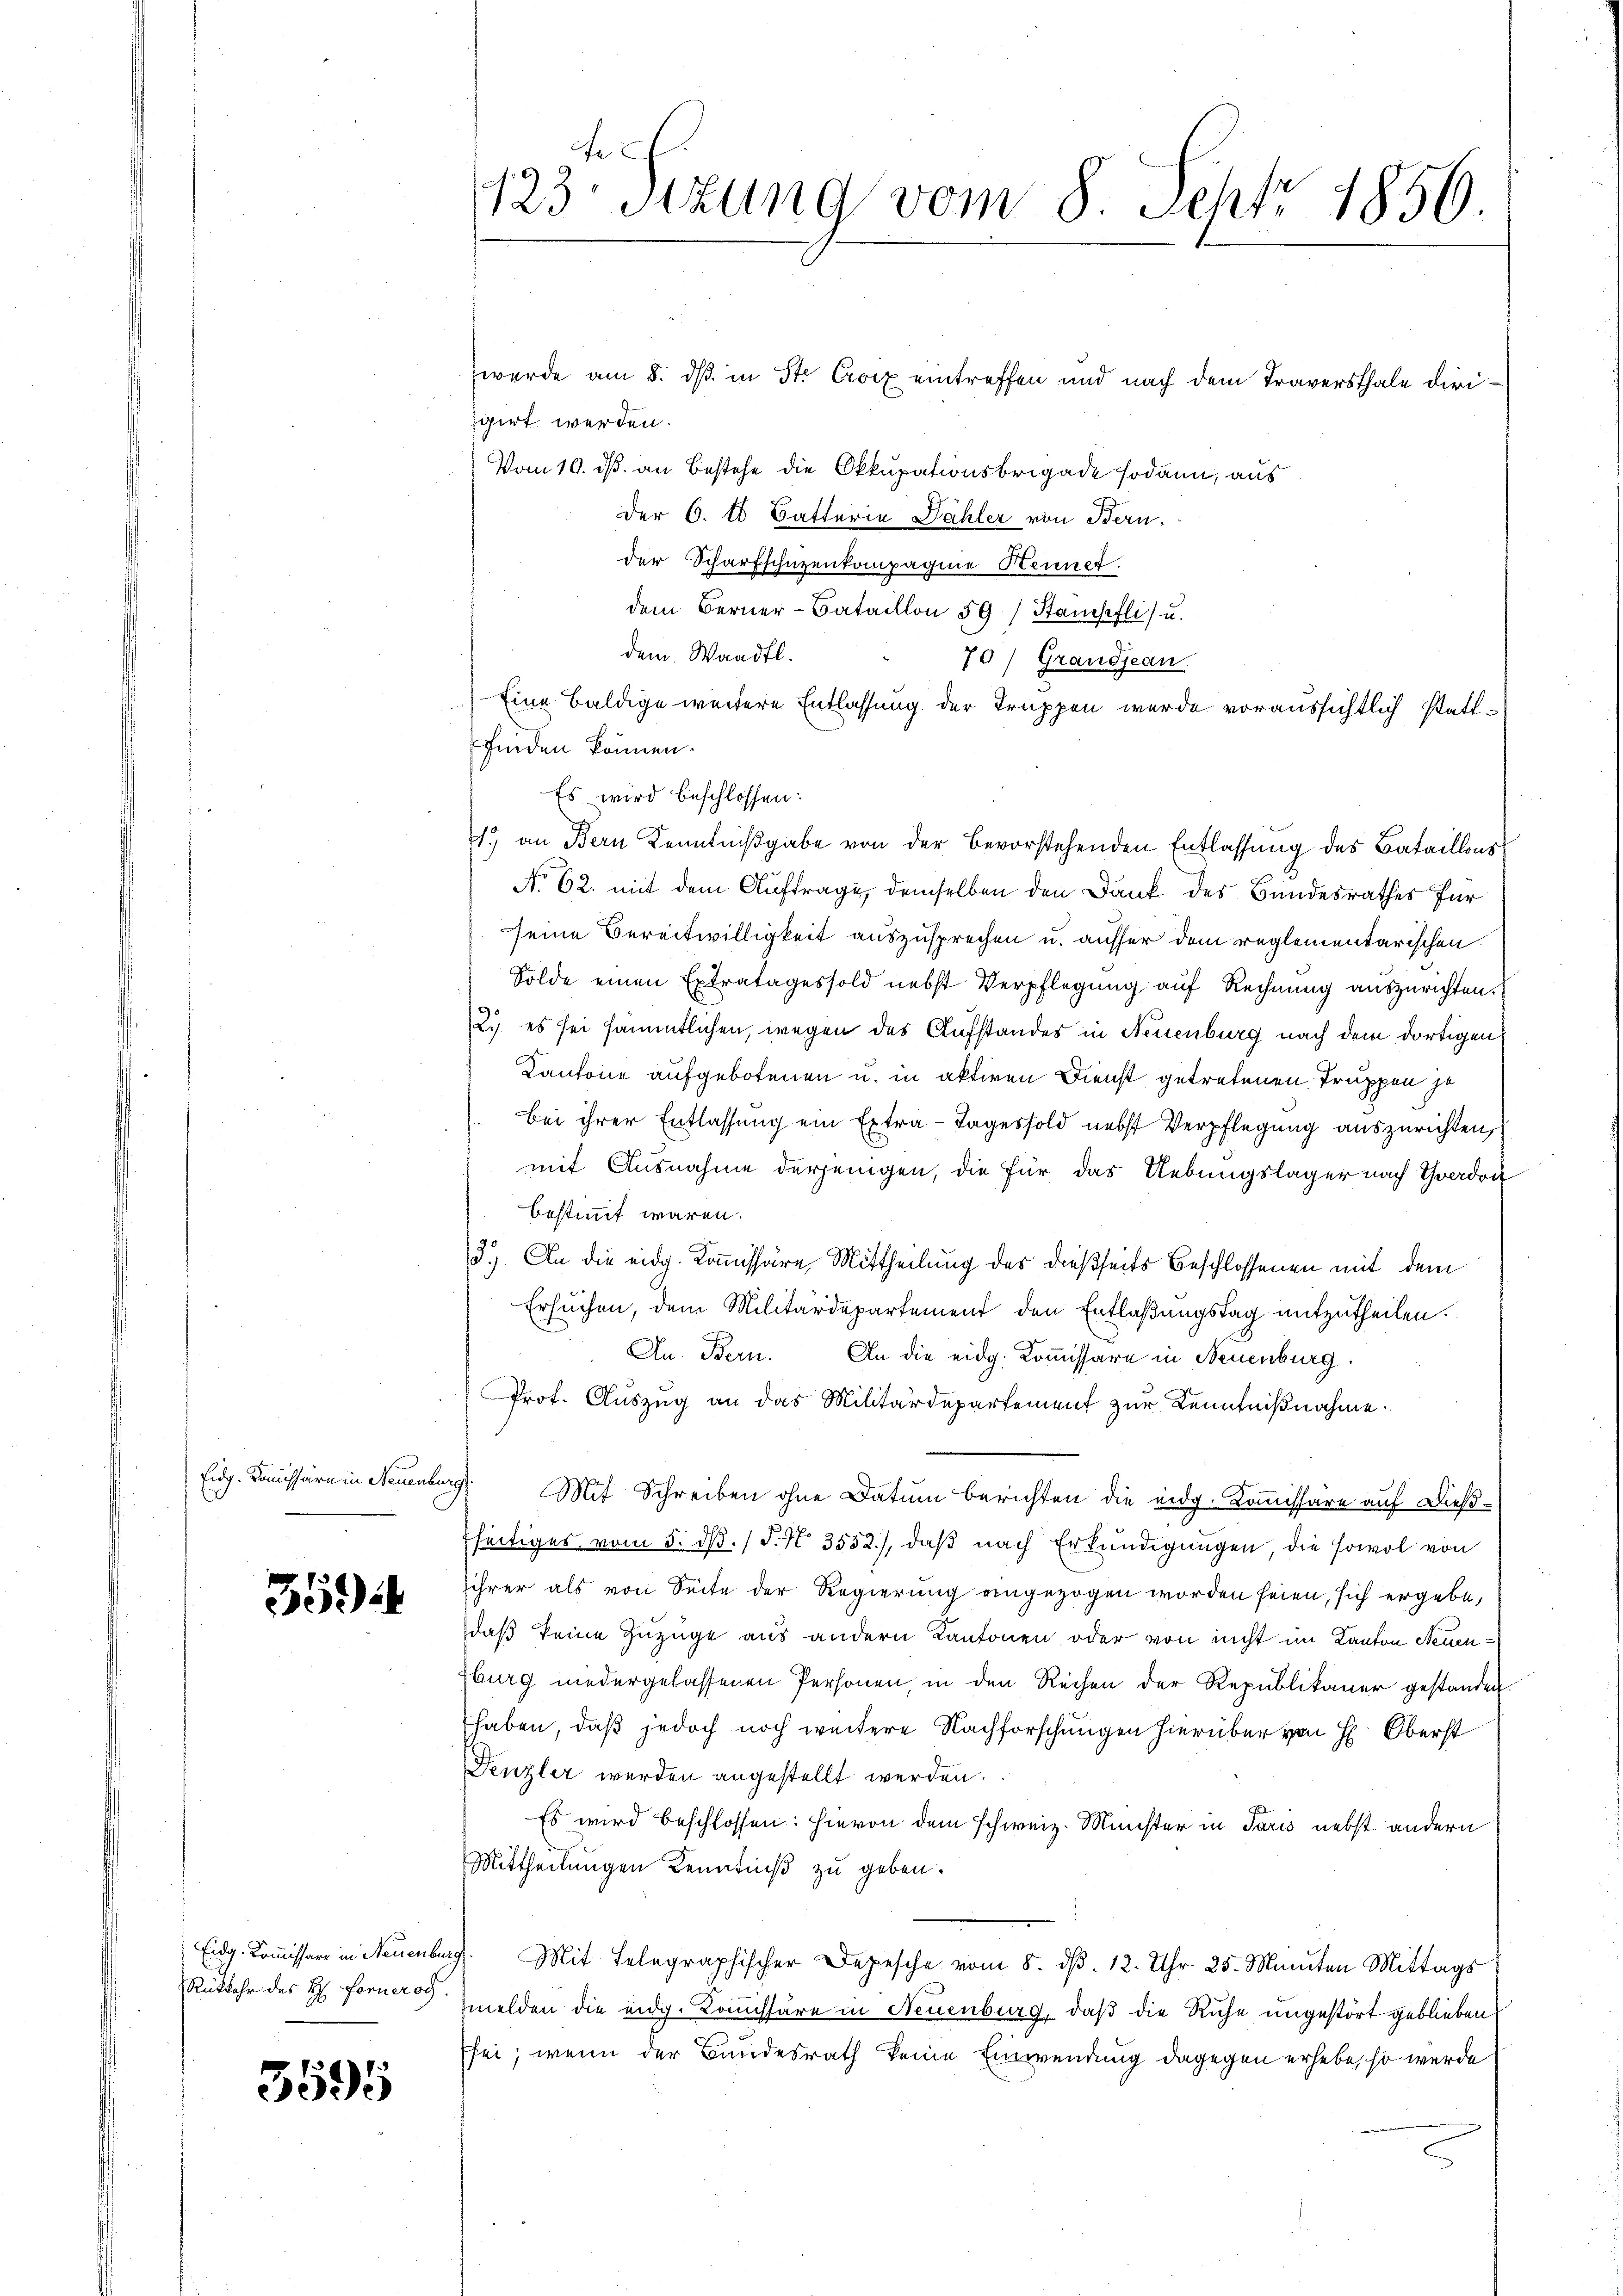
Eidg. Kommissäre in Neuenburg.

3594

Eidg. Kommissäre in Neuenbur
Rückkehr des H. Fornerog

3595

123. Sitzung vom 8. Sept. 1856.

wurde am 8. dβ in St. Croix eintreffen und nach dem Traversthale dirigirt werden.
Vom 10. ds. an Bestehe die Okkupationsbrigade sodann, aus
Der 6. Es Batterie Dähler von Bern.
der Scharfschuzenkompagnie Henner
dem Berner-Bataillon 59) Stampfli u.
dem Waadt.
70) Grandjean
Eine baldige weitere Entlassung der Trappen wurde voraussichtlich stattfinden können.
Es wird beschlossen:
1.) an Bern Kenntnißgabe von der bevorstehenden Entlassung des Bataillons
No 62. mit dem Auftrage, demselben den Dank des Bandesrathes für
seine Bereitwilligkeit auszusprechen u. ausser dem reglementarischen
Sölde einen Extratages sold nebst Verpflegung auf Rechnung auszurichten.
2. es sei sämmtlichen, wegen des Aufstandes in Neuenburg nach dem dortigen
Kantone aufgebotenen u. in aktiven Dienst getretenen Truppen je
bei ihrer Entlassung ein Extra-Tages sold nebst Verpflegung auszurichten,
mit Ausnahme derjenigen, die für das Uebungslager nach Yverdon
bestimmt wären.
3.) An die eidg. Kommissäre Mittheilung des dießseits Beschlossenen mit dem
Ersuchen, dem Militärdepartement den Entlaßungstag mitzutheilen.
An. Bern. An die eidg. Kommissäre in Neuenburg.
Prof. Auszug an das Militärdepartement zur Kenntnißnahme.
Mit Schreiben ohne Datum berichten die eidg. Kommissäre auf Dießfseitiges vom 5. ds. (T. N. 3552.), daß nach Erkundigungen, die sowol von
ihrer als von Seite der Regierung eingezogen worden seien, sich ergebe,
daß keine Zuzuge aus andern Kantonen oder von nicht im Kanton Neuen¬
Eburg niedergelassenen Personen, in den Rechen der Republikaner gestanden
haben, daß jedoch noch weitere Nachforschungen hierüber von H. Oberst
Denzler werden angestellt werden.
Es wird beschlossen: hievon dem schweiz. Minister in Paris nebst andern
Mittheilungen Kenntniß zu geben.
7. Mit Telegraphischer Depesche vom 8. dβ. 12. Uhr 25. Manten Mittags
melden die eidg. Kommissäre in Neuenburg, daß die Ruhe ungestört geblieben
sei; wenn der Bundesrath keine Einwendung dagegen erhebe, so werde